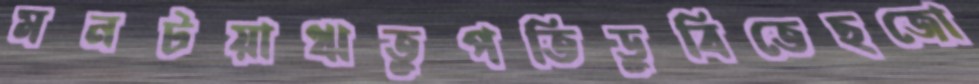
মনটয়াঋতুপতিডুবিতেছজো